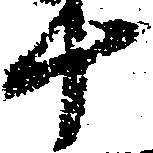
十